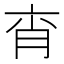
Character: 𦚍